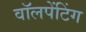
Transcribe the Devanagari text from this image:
वॉलपेंटिंग